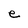
Character: e